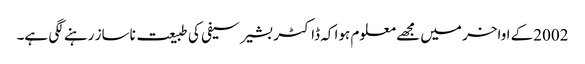
2002کے اواخر میں مجھے معلوم ہوا کہ ڈاکٹر بشیر سیفی کی طبیعت ناساز رہنے لگی ہے۔